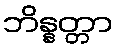
ဘိန္နတ္တာ